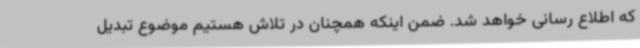
که اطلاع رسانی خواهد شد. ضمن اینکه همچنان در تلاش هستیم موضوع تبدیل